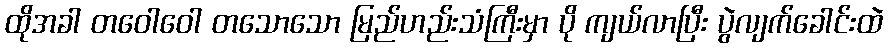
ထိုအခါ တဝေါဝေါ တသောသော မြည်ဟည်းသံကြီးမှာ ပို ကျယ်လာပြီး ပွဲလျက်ခေါင်းထဲ